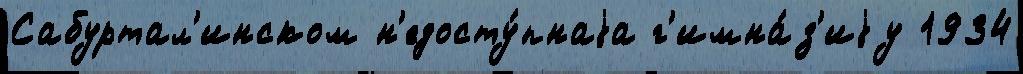
Сабуртал'инском н'едосту́пнаjа г'имна́з'иjу 1934